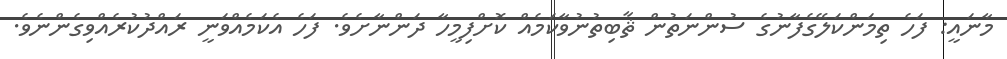
މާނައީ: ފަހެ ތިމަންކަލޭގެފާނުގެ ސުންނަތުން ޘާބިތުނުވާކަމެއް ކޮށްފިމީހާ ދަންނާށެވެ. ފަހެ އެކަމެއްވަނީ ރައްދުކުރެއްވިގެންނެވެ.